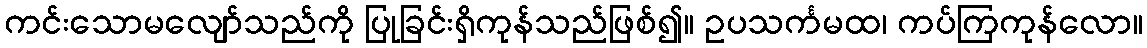
ကင်းသောမလျော်သည်ကို ပြုခြင်းရှိကုန်သည်ဖြစ်၍။ ဥပသင်္ကမထ၊ ကပ်ကြကုန်လော။